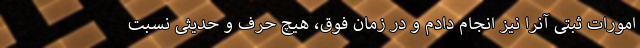
امورات ثبتی آنرا نیز انجام دادم و در زمان فوق، هیچ حرف و حدیثی نسبت